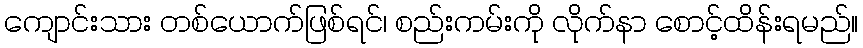
ကျောင်းသား တစ်ယောက်ဖြစ်ရင်၊ စည်းကမ်းကို လိုက်နာ စောင့်ထိန်းရမည်။